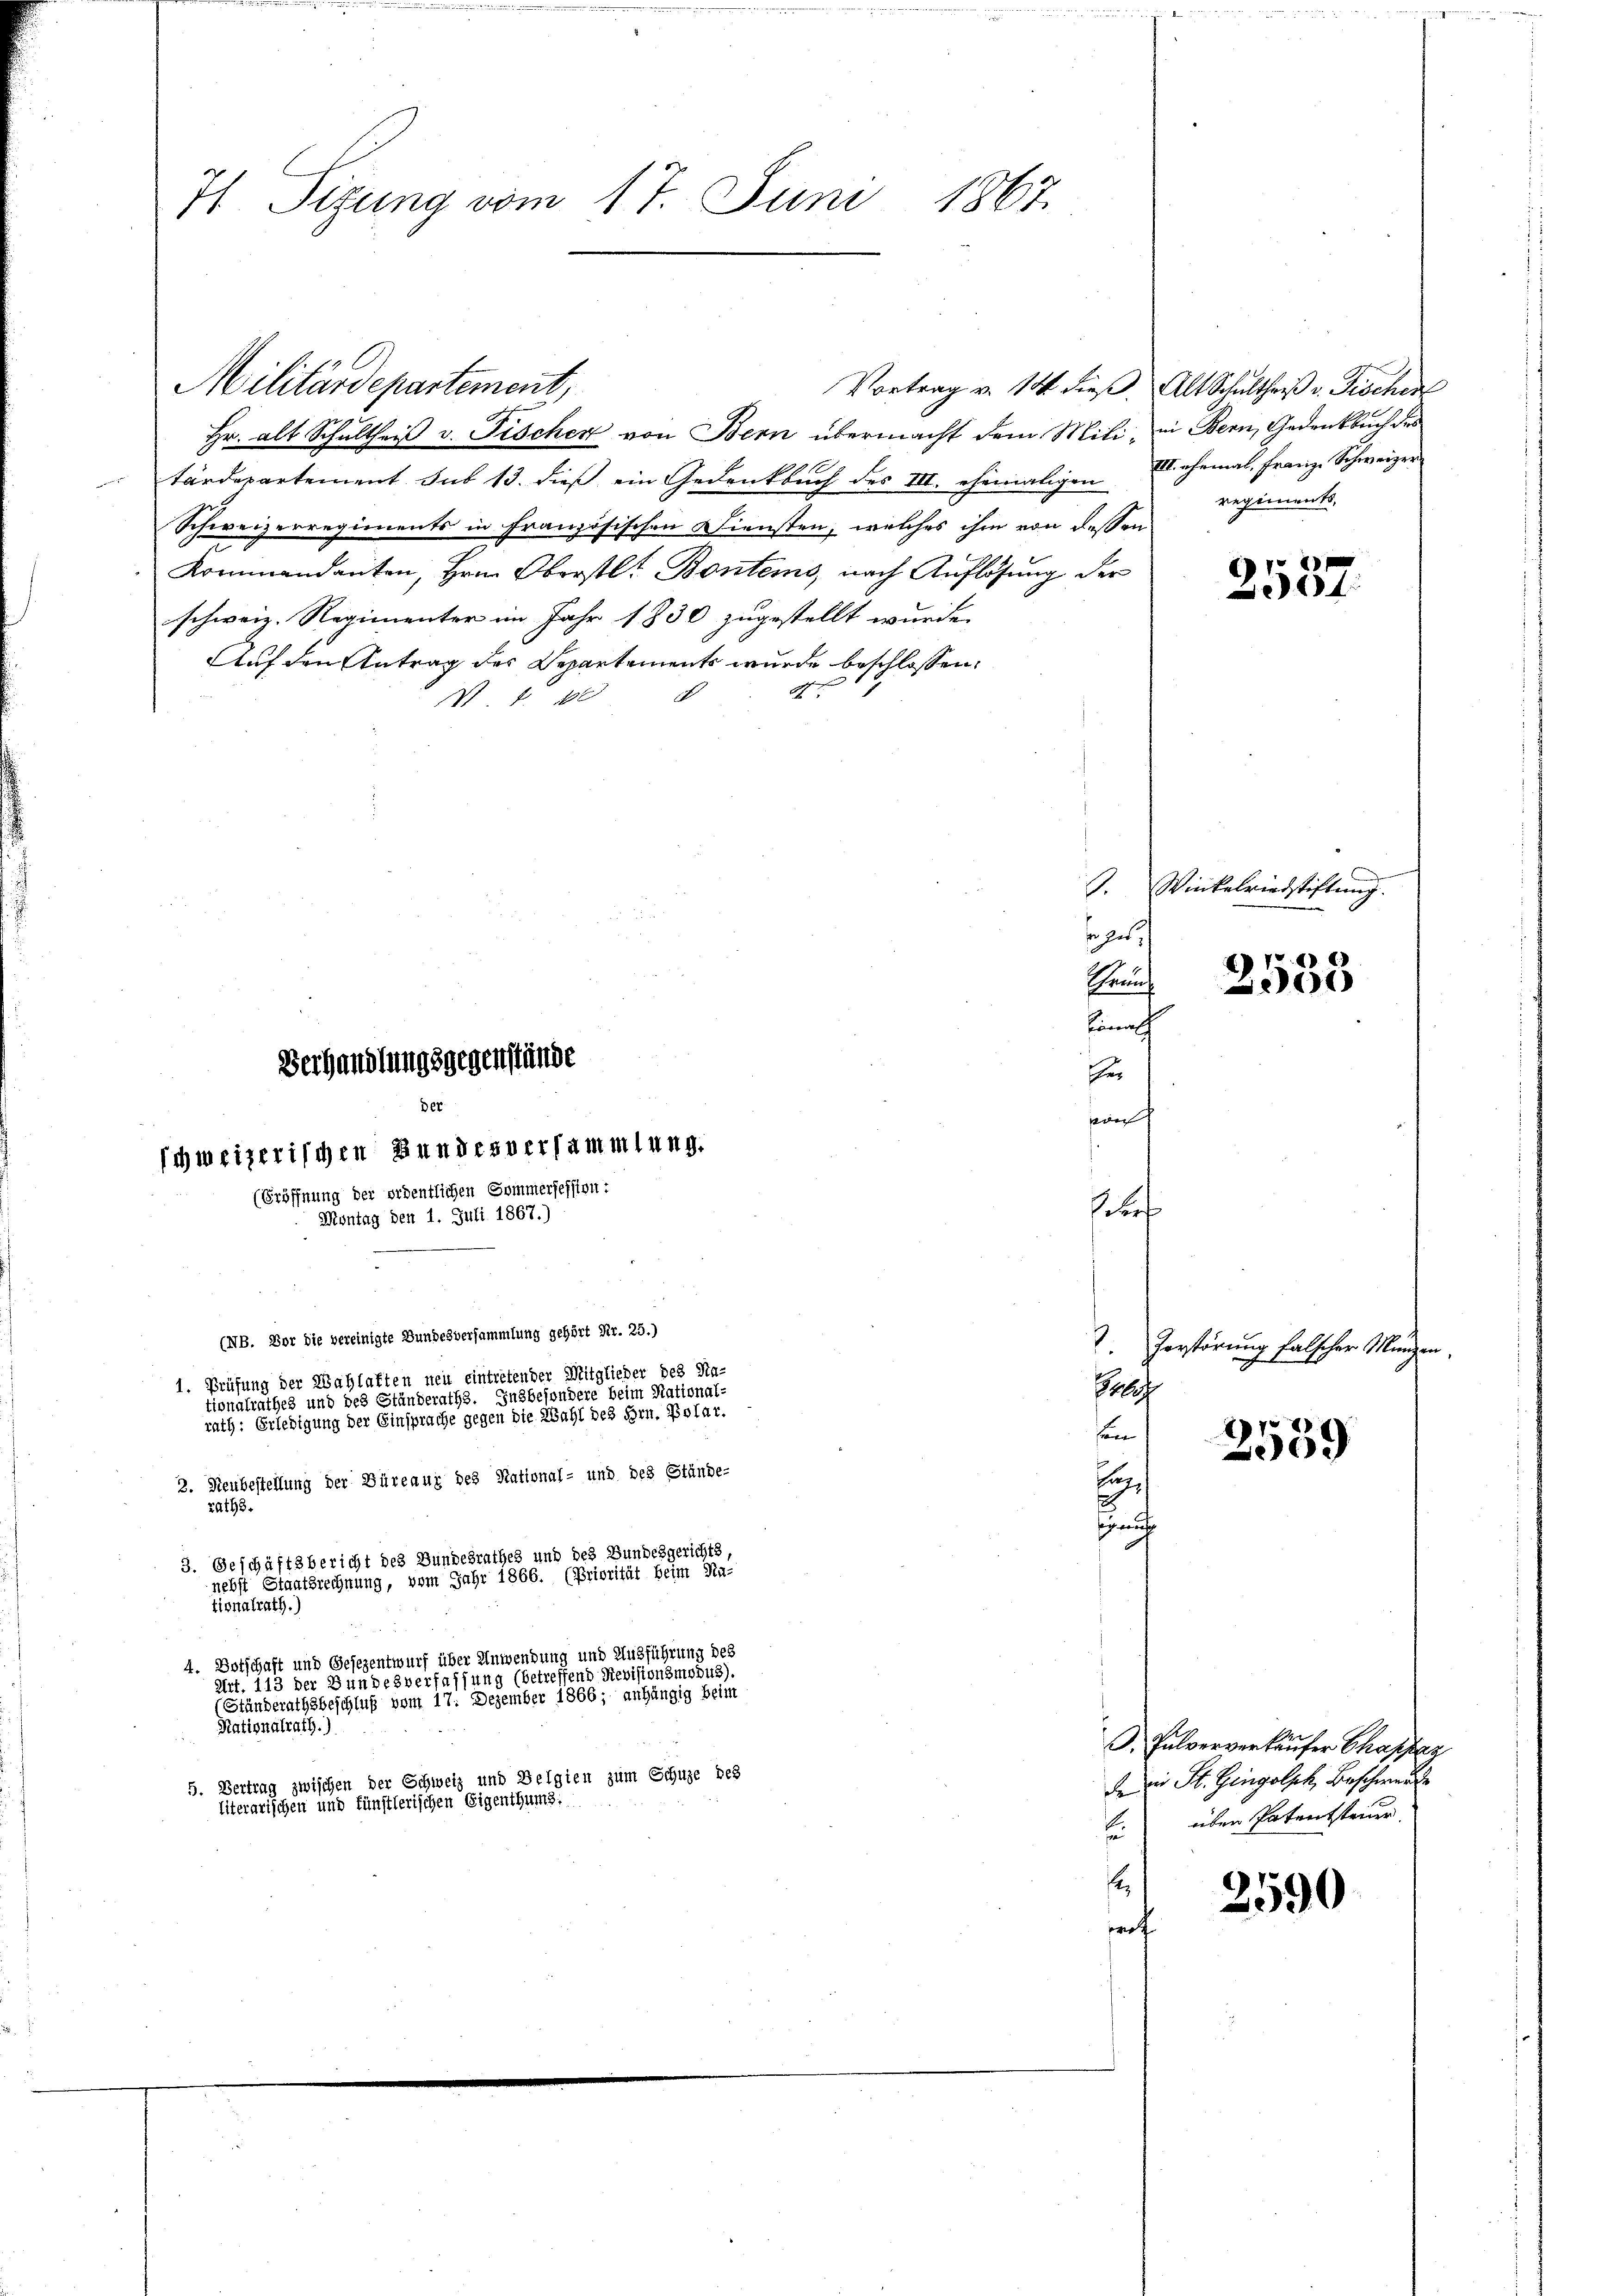
7 Sizung vom 17. Juni 1867.

Militärdepartement,
Hr. alt Schultheiß v. Fischer von Bern übermacht dem Mili, in Bern, Gedenkbuch des
tärdepartement sub 13. dieß ein Gedenkbuch des III. ehemaligen
Schweizerregiments in Französischen Diensten, welches ihm von dessen
Kommandanten, Hrn. Oberstl. Bontems, nach Auflösung der
schweiz. Regimenter im Jahr 1830 zugestellt wurde.
Auf den Antrag der Departements wurde beschlossen:
A.
I 1. 188

der
schweizerischen Bundesversammlung.
(Eröffnung der ordentlichen Sommersession:
Montag den 1. Juli 1867.)

Verhandlungsgegenstände

(NB. Vor die vereinigte Bundesversammlung gehört Nr. 25.)
1. Prüfung der Wahlakten neu eintretender Mitglieder des Na-
tionalrathes und des Ständeraths. Insbesondere beim National-
rath: Erledigung der Einsprache gegen die Wahl des Hrn. Polar.
2. Neubestellung der Büreaux des Stational- und des Stünde-
raths.
3. Geschäftsbericht des Bundesrathes und des Bundesgerichts,
nebst Staatsrechnung, vom Jahr 1866. (Priorität beim Ka-
tionalrath.)
4. Botschaft und Gesezentwurf über Anwendung und Ausführung des
Art. 113 der Bundesverfassung (betreffend Revisionsmodus).
(Ständerathsbeschluß vom 17. Dezember 1866; anhängig beim
Rationalrath.)
5. Vertrag zwischen der Schweiz und Belgien zum Schuze des
literarischen und künstlerischen Eigenthums!

Vortrag v. 14 dieβ. Alt Schultheiß v. Fischen

se ges
hional
Eher

jeder

VII. ehemal. Franz Schweizer
regiments,

.
s

2537.

S. Winkelriedstiftung.

4) E
H

ort
2
Gruf
son
2559
t
Ein
snach

Zerstörung falscher Manzen

2590

Pulververkäufer Cha
d die St. Gingolph, Beschwerde
üben Patentsteinr.